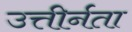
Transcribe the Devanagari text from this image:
उत्तीर्नता